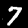
Digit: 7